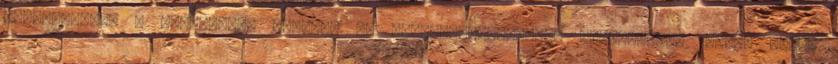
kortesversek a reformkori Zalából in Művelődéstörténeti tanulmányok 1990., Zalai